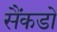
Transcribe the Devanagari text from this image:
सैंकडो